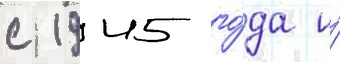
с 1945 го́да и́